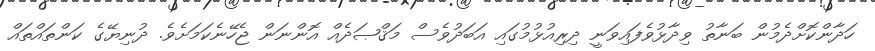
ހަދާންކޮށްދެމުން ބަނާތު ވިދާޅުވެފައިވަނީ ދިރިއުޅުމުގައި އަބަދުވެސް މަޤްޞަދެއް އޮންނަން ޖެހޭނެކަމަށެވެ. ދުނިޔޭގެ ކަންތައްތައް